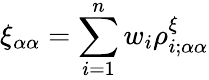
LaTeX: \xi_{\alpha\alpha}=\sum_{i=1}^{n}w_{i}\rho_{i;\alpha\alpha}^{\xi}